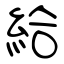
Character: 給